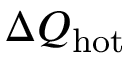
\Delta Q _ { \mathrm { h o t } }